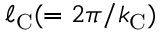
\ell _ { \mathrm { { C } } } ( = 2 \pi / k _ { \mathrm { { C } } } )